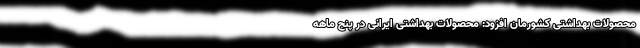
محصولات بهداشتی کشورمان افزود: محصولات بهداشتی ایرانی در پنج ماهه